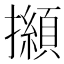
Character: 㩪